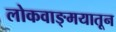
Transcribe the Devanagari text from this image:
लोकवाङ्मयातून